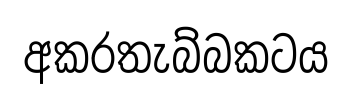
අකරතැබ්බකටය